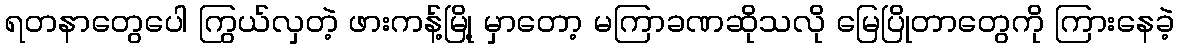
ရတနာတွေပေါ ကြွယ်လှတဲ့ ဖားကန့်မြို့ မှာတော့ မကြာခဏဆိုသလို မြေပြိုတာတွေကို ကြားနေခဲ့